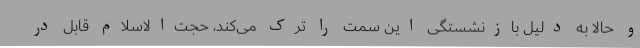
و حالا به دلیل بازنشستگی این سمت را ترک می‌کند، حجت‌الاسلام قابل در